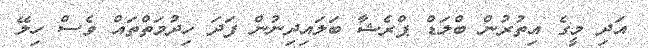
އަދި މީގެ އިތުރުން ބްލަޑް ޕްރެޝާ ބަލައިދިނުން ފަދަ ހިދުމަތްތައް ވެސް ހިލޭ